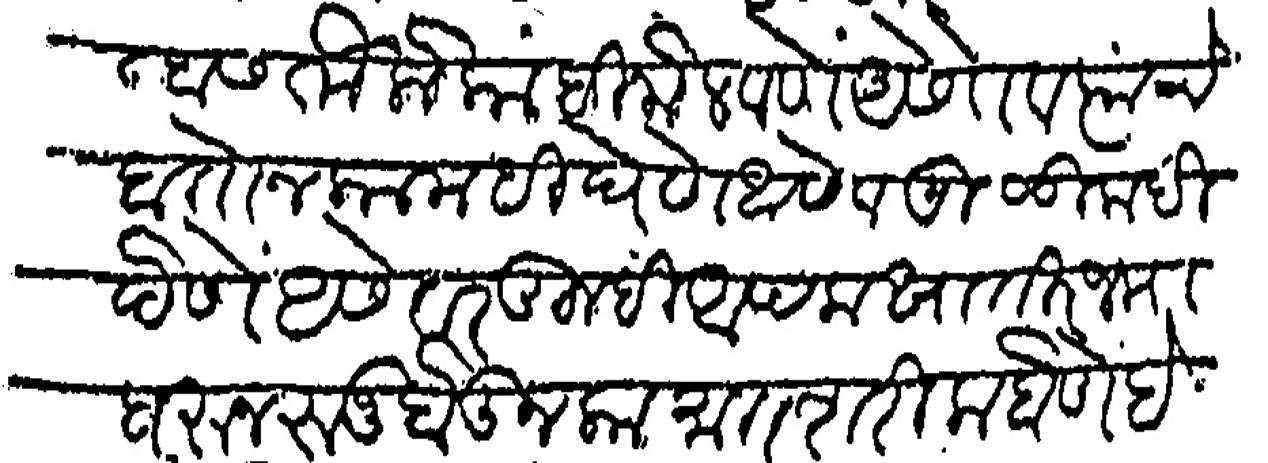
Transliteration (Devanagari): पन्हास तो लोकाही मेलवीणे असेते व त्यांचे हातोन कामही घेणे असे व मुळीक ही देणे असे तर तुम्ही आपला खातीर जमा धरून रुजू होऊन कामात शरीक होणे हे